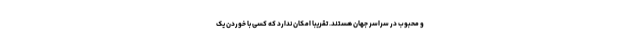
و محبوب در سراسر جهان هستند. تقریبا امکان ندارد که کسی با خوردن یک